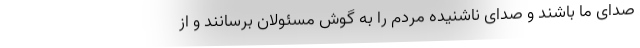
صدای ما باشند و صدای ناشنیده مردم را به گوش مسئولان برسانند و از